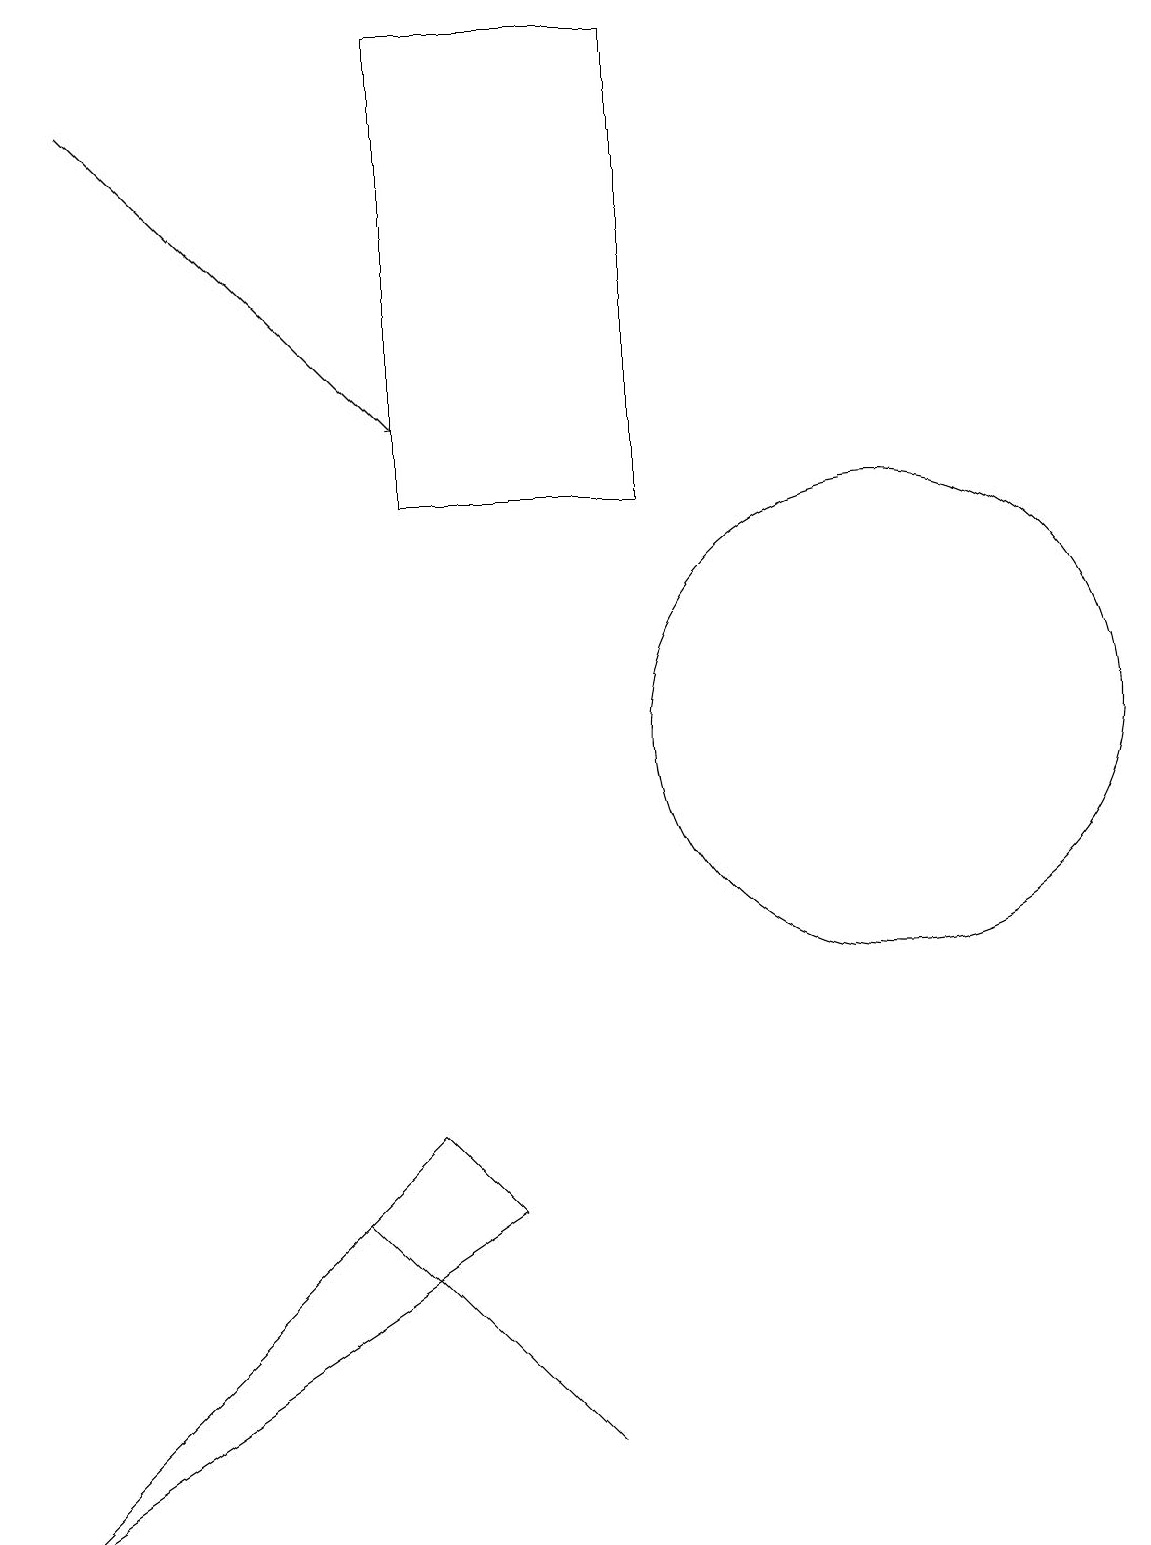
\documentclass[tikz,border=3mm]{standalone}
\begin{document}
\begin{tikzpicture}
\draw (5,13) rectangle (8,19);
\draw (12,12) circle (0);
\draw (4,4) -- (4,4) -- (7,1) -- cycle;
\draw (6,4) -- (0,0) -- (5,5) -- cycle;
\draw (11,10) circle (3);
\draw[->] (1,18) -- (5,14);
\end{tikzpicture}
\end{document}